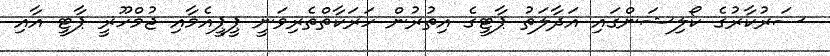
ސަރުކާރުގެ ކޯލިޝަންގައި އަދާލަތު ޕާޓީގެ އިތުރުން ހަރަކާތްތެރިވަނީ ޕީޕީއެމާއި ޖުމްހޫރީ ޕާޓީ އާއި